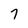
Character: 7